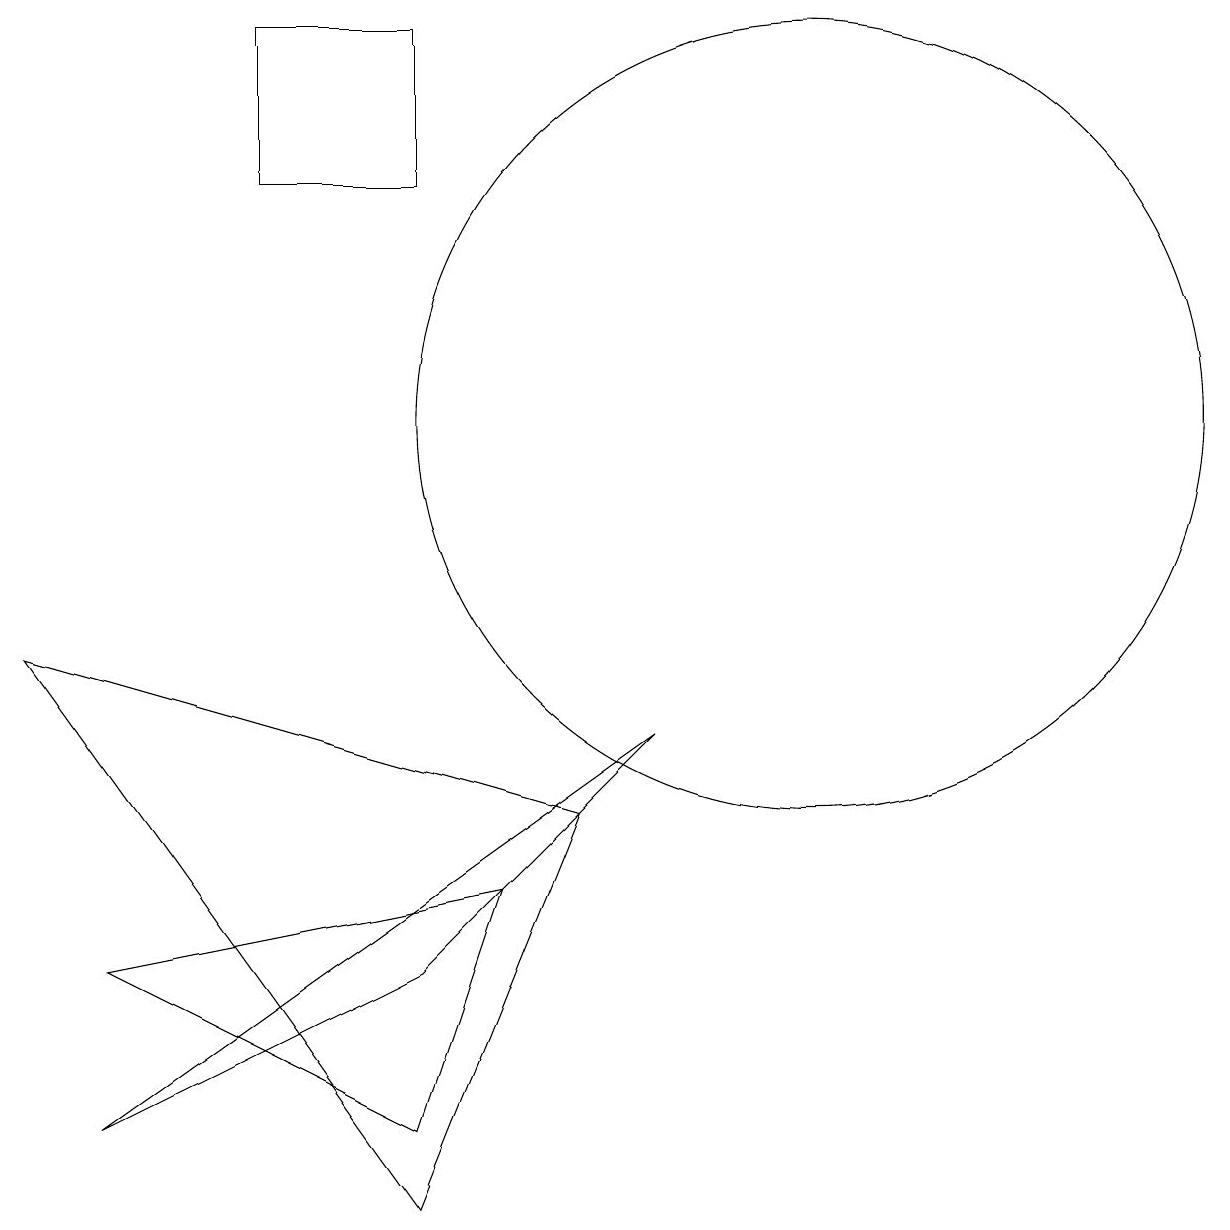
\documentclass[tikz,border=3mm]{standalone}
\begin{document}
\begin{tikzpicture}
\draw (11,10) circle (5);
\draw (6,15) rectangle (4,13);
\draw (6,3) -- (2,1) -- (9,6) -- cycle;
\draw (1,7) -- (6,0) -- (8,5) -- cycle;
\draw (2,3) -- (6,1) -- (7,4) -- cycle;
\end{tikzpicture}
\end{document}